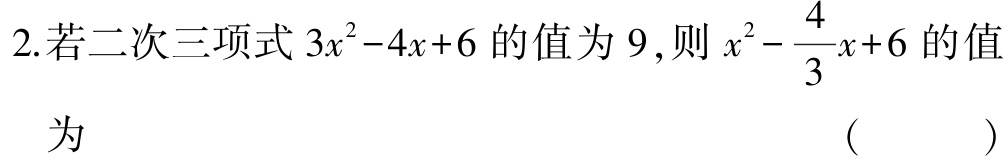
2.若二次三项式\(3x^{2}-4x + 6\)的值为\(9\)，则\(x^{2}-\dfrac{4}{3}x + 6\)的值
为 （  ）